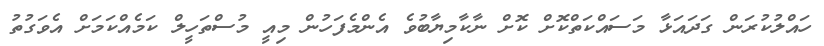
ހައްލުކުރަން ގަދައަޅާ މަސައްކަތްކޮށް ކޮށް ނާކާމިޔާބުވެ އެންމެފަހުން މިއީ މުސްތަހީލް ކަމެއްކަމަށް އެވަގުތު